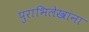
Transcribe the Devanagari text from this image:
पुराभिलेखांना